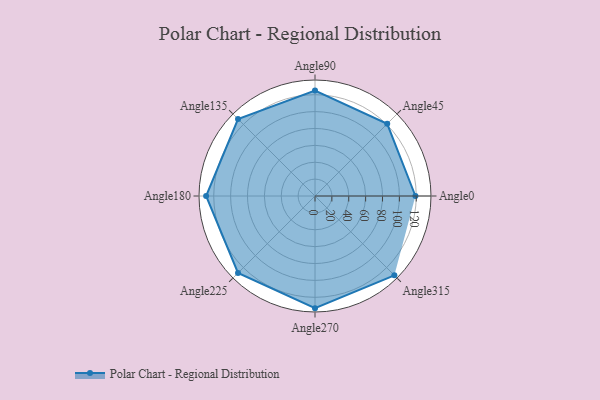
{"axis": {"x": "Angle", "y": "Radius"}, "legend": [""], "data": [{"x": "Angle0", "y": 119.0, "type": ""}, {"x": "Angle45", "y": 121.0, "type": ""}, {"x": "Angle90", "y": 125.0, "type": ""}, {"x": "Angle135", "y": 129.0, "type": ""}, {"x": "Angle180", "y": 129.0, "type": ""}, {"x": "Angle225", "y": 129.0, "type": ""}, {"x": "Angle270", "y": 133.0, "type": ""}, {"x": "Angle315", "y": 133.0, "type": ""}]}